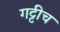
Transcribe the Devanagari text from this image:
गट्टीच